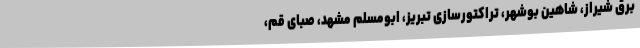
برق شیراز، شاهین بوشهر، تراکتورسازی تبریز، ابومسلم مشهد، صبای قم،